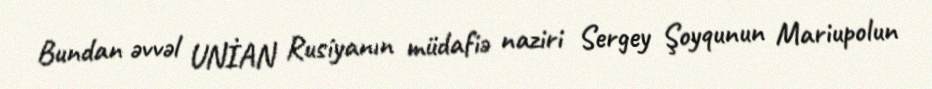
Bundan əvvəl UNİAN Rusiyanın müdafiə naziri Sergey Şoyqunun Mariupolun